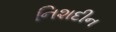
નિશદીન